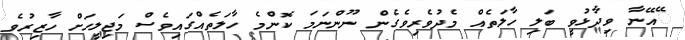
ޭއޭނާ ވިދާޅުވީ ބަލި ހާލަތެއް މެދުވެރިވެގެން ނޫންނަމަ ކޮންމެ ހާލަތެއްގައިވެސް މަޖިލީހަށް ހާޒިރުވެ